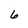
Character: 6